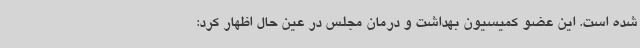
شده است. این عضو کمیسیون بهداشت و درمان مجلس در عین حال اظهار کرد: